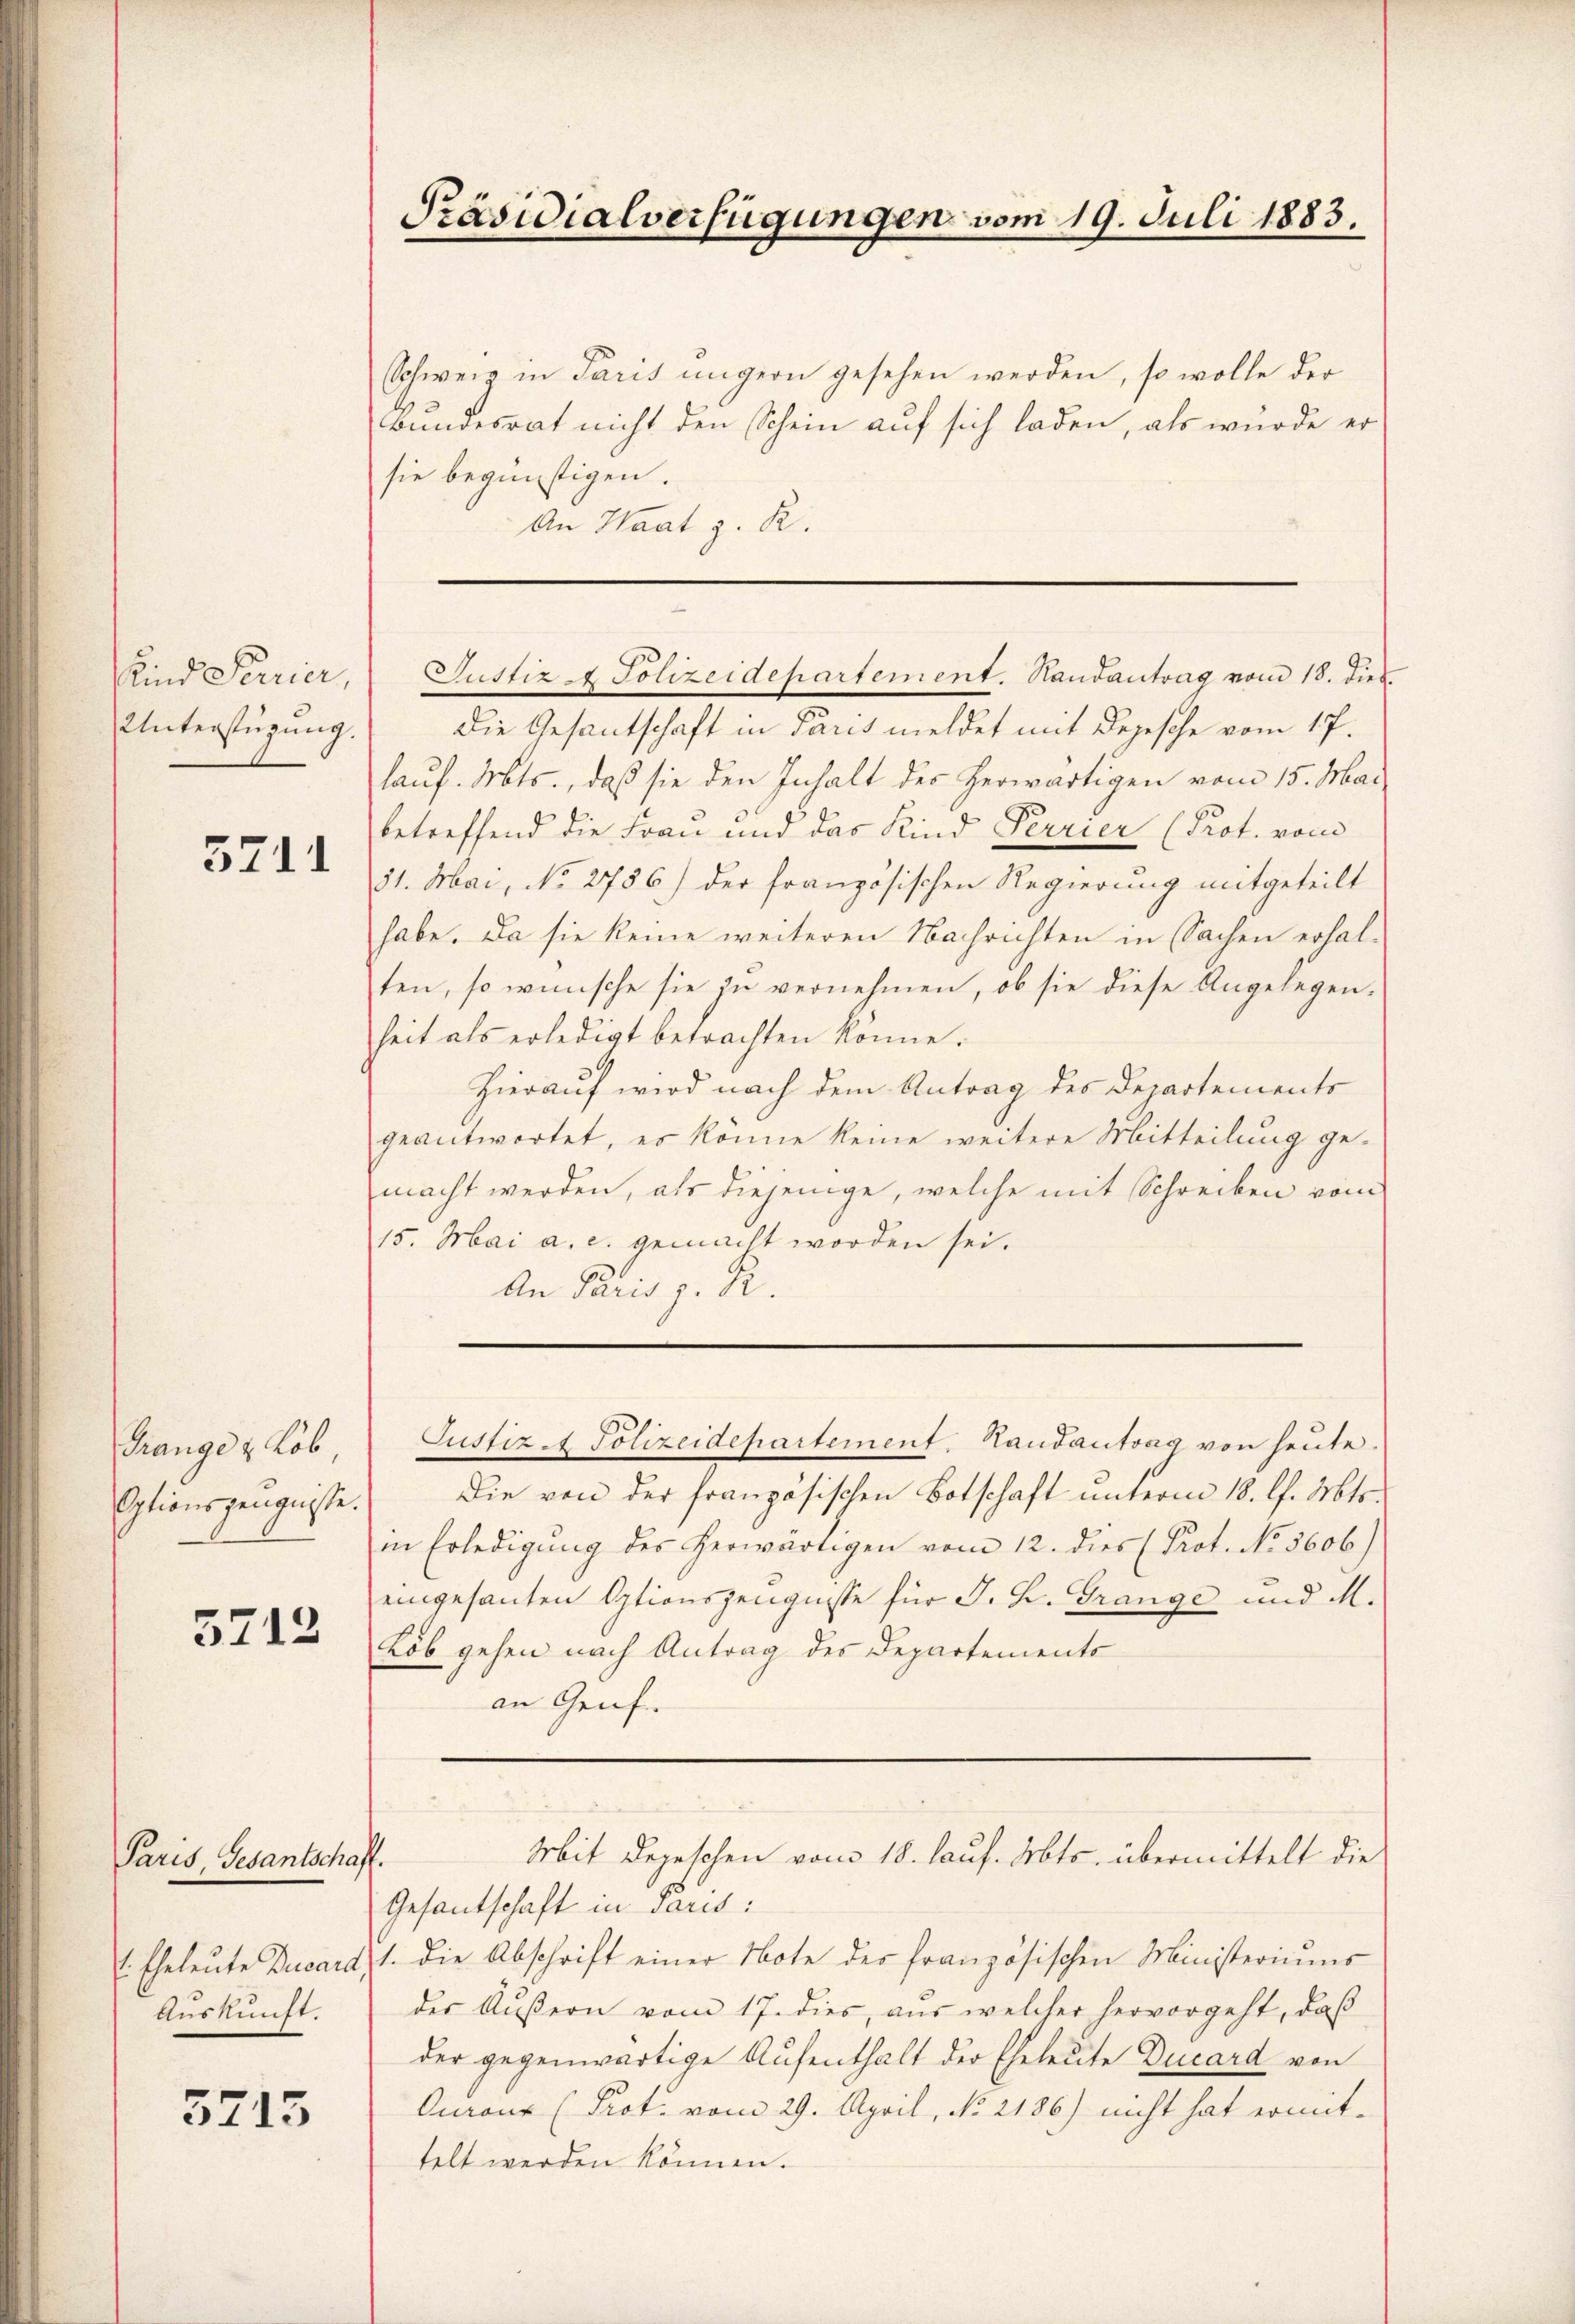
Kind Serier,
Unterstüzung.

5711

Trange & Lob,
Optionszeugnisse.

5713

Paris, Gesantschaft.
1. Eheleute Ducard,
Auskunft.

5715

Schweiz in Paris ungern gesehen werden, so wolle der
Bundesrat nicht den Schein auf sich laden, als wurde er
sie begünstigen.
An Waat z. R.

Präsidialverfügungen vom 19. Juli 1883.

Die Gesantschaft in Paris meldet mit Depesche vom 17.
lauf. Mts., daß sie den Inhalt des herwärtigen vom 15. Mai
betreffend die Frau und das Kind Perrier (Prot. vom
31. Mai, No 2786) der französischen Regierung mitgeteilt
habe. Da sie keine weiteren Nachrichten in Sachen erhal-
ten, so wünsche sie zu vernehmen, ob sie diese Angelegenheit als erledigt betrachten könne.
Hierauf wird nach dem Antrag des Departements
geantwortet, es könne keine weitere Mitteilung ge-
macht werden, als diejenige, welche mit Schreiben vom
15. Mai a. c. gemacht worden sei.
An Paris z. B.
Justiz & Polizeidepartement. Handantrag von heute.
Die von der französischen Botschaft unterm 18. l. Mts.
in Erledigung des herwärtigen vom 12. dies Prot. No. 5606)
eingesanten Optionszeugnisse für J. L. Grange und M.
Lob gehen nach Antrag des Departements
an Genf.

Justiz & Polizeidepartement. Handantrag vom 18. dies

Gesantschaft in Parisi
1. Die Abschrift einer Note des französischen Ministeriums
des Außern vom 17. dies, aus welcher hervorgeht, daß
der gegenwärtige Aufenthalt der Eheleute Ducard von
Ouraut (Prot. vom 29. April, No. 2186) nicht hat ermittelt werden können.

Mit Depeschen vom 18. lauf. Mts. übermittelt die